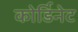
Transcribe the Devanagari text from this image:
कोर्डिनेट